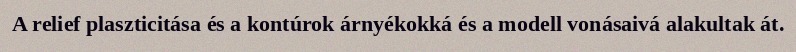
A relief plaszticitása és a kontúrok árnyékokká és a modell vonásaivá alakultak át.